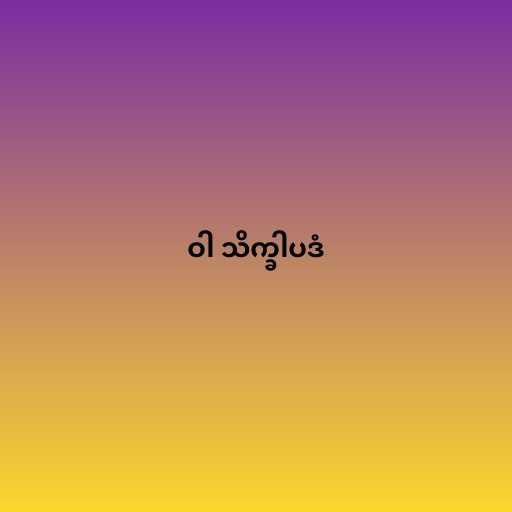
ဝါ သိက္ခါပဒံ